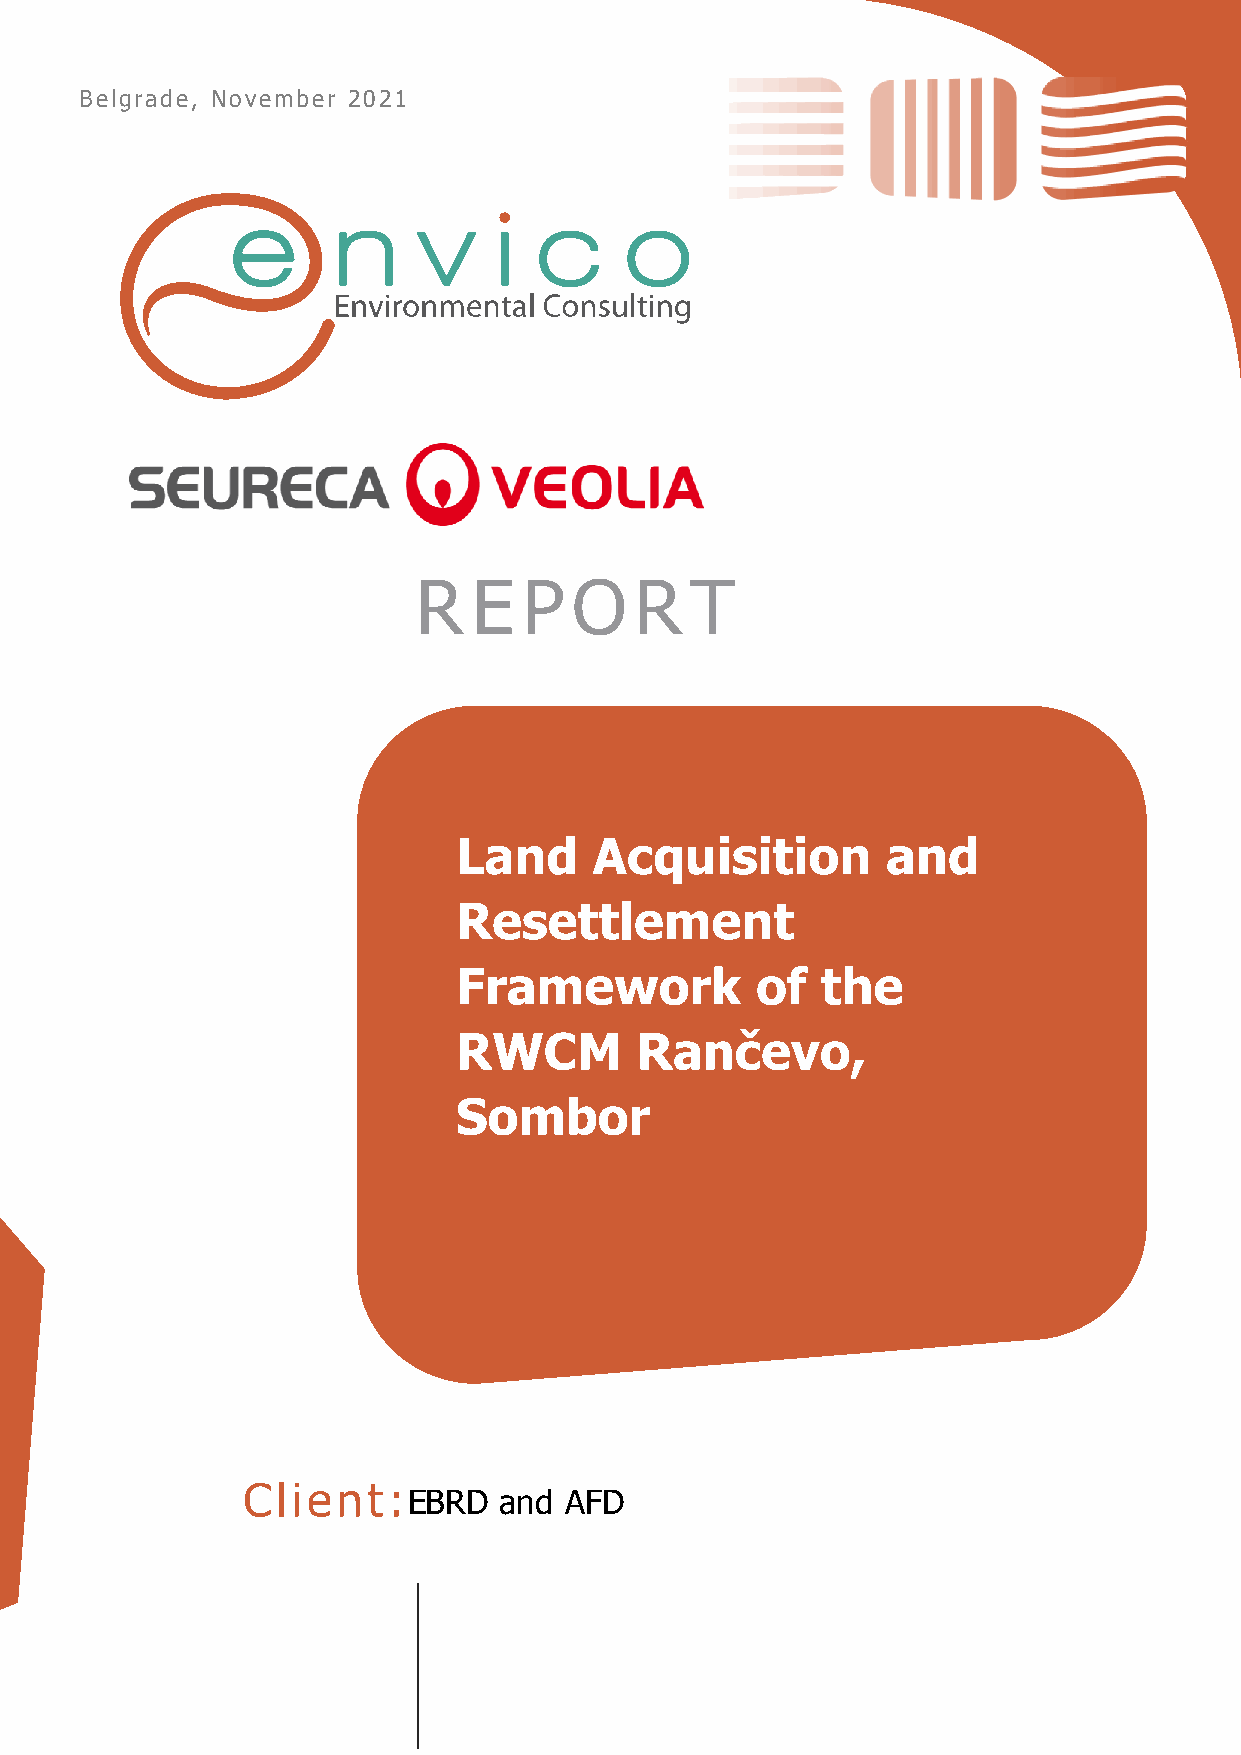
Belgrade, November 2021
 Land     Acquisition         and
 Resettlement
 Framework           of  the
 RWCM        Rančevo,
 Sombor
 EBRD  and AFD